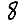
Digit: 8